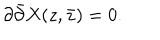
LaTeX: \partial \bar { \partial } X ( z , \bar { z } ) = 0 .